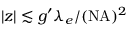
| z | \lesssim g ^ { \prime } \lambda _ { e } / ( \mathrm { N A } ) ^ { 2 }